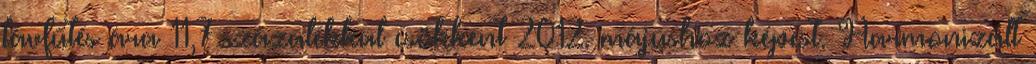
távfűtés ára 11,7 százalékkal csökkent 2012. májushoz képest. Harmonizált